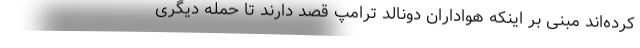
کرده‌اند مبنی بر اینکه هواداران دونالد ترامپ قصد دارند تا حمله دیگری